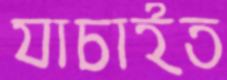
যাচাইত